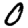
Digit: 0